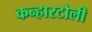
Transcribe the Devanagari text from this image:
कन्हारटोली